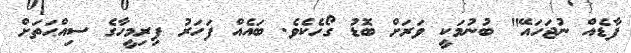
ފާޑެއް ނުޖަހައޭ" ބުނުމަކީ ވަރަށް ބޮޑު ގޯހެކެވެ. ބައެއް ފަހަރު ފިރިމީހާގެ ސިއްޙަތަށް